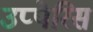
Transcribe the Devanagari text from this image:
उप्पेरिस